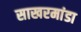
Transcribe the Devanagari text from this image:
साखरमांडा